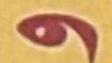
و